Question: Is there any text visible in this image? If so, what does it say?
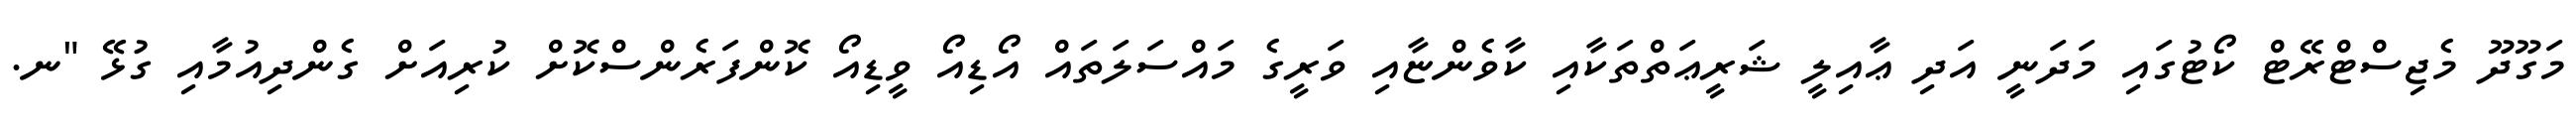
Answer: މަގޫދޫ މެޖިސްޓްރޭޓް ކޯޓުގައި މަދަނީ އަދި ޢާއިލީ ޝަރީޢަތްތަކާއި ކާވެންޏާއި ވަރީގެ މައްސަލަތައް އޯޑިއޯ ވީޑިއޯ ކޮންފަރެންސްކޮށް ކުރިއަށް ގެންދިއުމާއި ގުޅޭ "ނ.